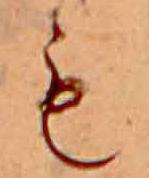
も